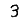
Digit: 3